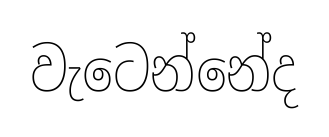
වැටෙන්නේද